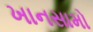
ખાનસામો